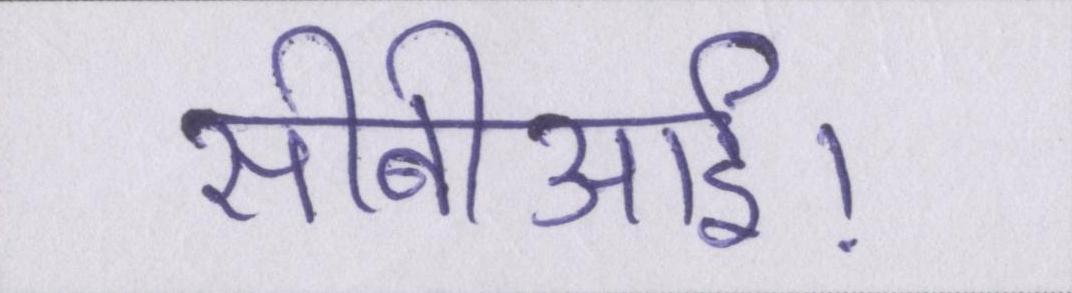
सीबीआई।